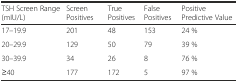
<table><thead><tr><td><b>TSH Screen Range (mIU/L)</b></td><td><b>Screen Positives</b></td><td><b>True Positives</b></td><td><b>False Positives</b></td><td><b>Positive Predictive Value</b></td></tr></thead><tbody><tr><td>17–19.9</td><td>201</td><td>48</td><td>153</td><td>24 %</td></tr><tr><td>20–29.9</td><td>129</td><td>50</td><td>79</td><td>39 %</td></tr><tr><td>30–39.9</td><td>34</td><td>26</td><td>8</td><td>76 %</td></tr><tr><td>≥40</td><td>177</td><td>172</td><td>5</td><td>97 %</td></tr></tbody></table>